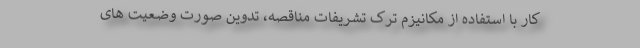
کار با استفاده از مکانیزم ترک تشریفات مناقصه، تدوین صورت وضعیت های